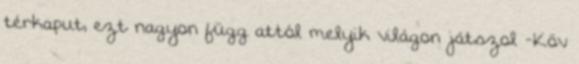
térkaput, ezt nagyon függ attól melyik világon játszol -Köv